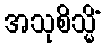
အသုစိသ္မိံ